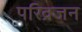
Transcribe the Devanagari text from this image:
परिव्रजन